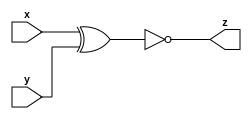
module xnor_gate_32 (x, y, z);
  input [31:0] x;
  input [31:0] y;
  output [31:0] z;
  
  assign z = ~(x^y) ;
  
  
endmodule